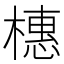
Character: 橞